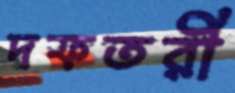
দফতরী